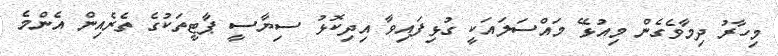
މިހާރު ދިމާވެގެން މިއުޅޭ މައްސަލައަކީ ގުޅިފައިވާ އިދިކޮޅު ސިޔާސީ ޕާޓީތަކުގެ ތެރެއިން އެންމެ